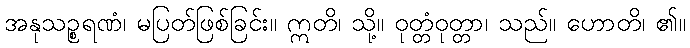
အနုသဉ္စရဏံ၊ မပြတ်ဖြစ်ခြင်း။ ဣတိ၊ သို့။ ဝုတ္တံဝုတ္တာ၊ သည်။ ဟောတိ၊ ၏။